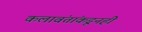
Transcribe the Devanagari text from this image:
कलावंतांकडूनही